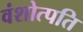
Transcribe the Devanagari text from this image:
वंशोत्पति